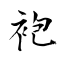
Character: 袍